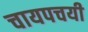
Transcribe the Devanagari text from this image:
चायपचयी